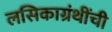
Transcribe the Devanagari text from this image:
लसिकाग्रंथींची